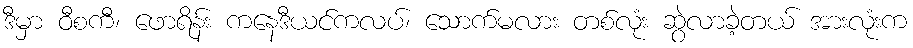
ဒီမှာ ဝီစကီ၊ ဖောရိန်း ကနေဒီယင်ကလပ်၊ သောက်မလား တစ်လုံး ဆွဲလာခဲ့တယ် အားလုံးက